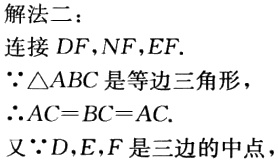
解法二：
连接 \(DF,NF,EF.\)
\(\because \triangle ABC\) 是等边三角形，
\(\therefore AC = BC = AC.\)
又 \(\because D,E,F\) 是三边的中点，